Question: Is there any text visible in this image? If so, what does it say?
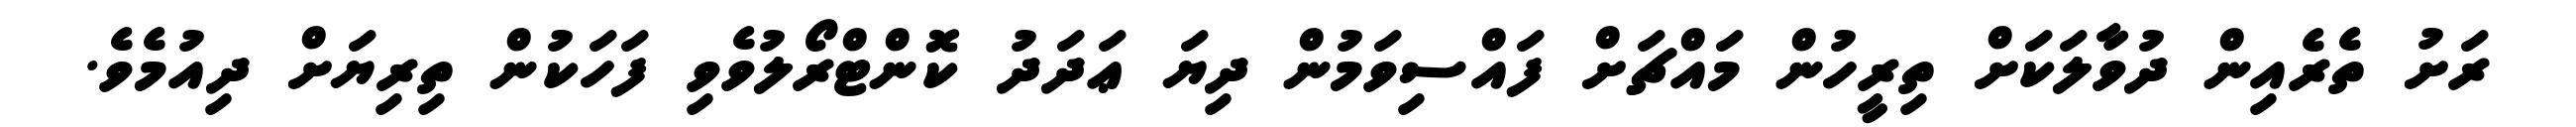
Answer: ރަށު ތެރެއިން ދުވާލަކަށް ތިރީހުން މައްޗަށް ފައްސިވަމުން ދިޔަ ޢަދަދު ކޮންޓްރޯލުވެވި ފަހަކުން ތިރިޔަށް ދިއުމެވެ.